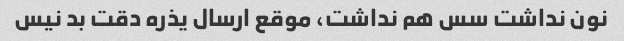
نون نداشت سس هم نداشت، موقع ارسال یذره دقت بد نیس